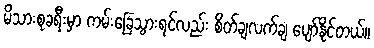
မိသားစုခရီးမှာ ကမ်းခြေသွားရင်လည်း စိတ်ချလက်ချ ပျော်နိုင်တယ်။